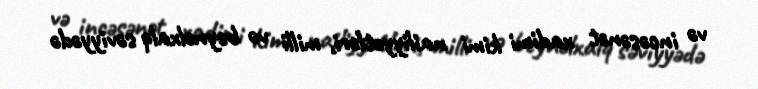
və incəsənət xadimi kimi nailiyyətləri, milli və beynəlxalq səviyyədə